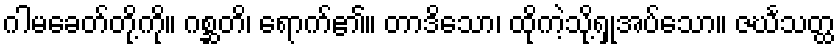
ဂါမခေတ်တို့ကို။ ဂစ္ဆတိ၊ ရောက်၏။ တာဒိသော၊ ထိုကဲ့သို့ရှုအပ်သော။ ဇင်္ဃသတ္ထ